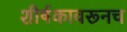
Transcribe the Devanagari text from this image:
शीर्षकावरूनच